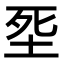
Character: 㘸